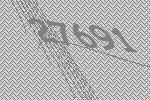
27691